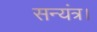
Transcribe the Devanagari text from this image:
सन्यंत्र।